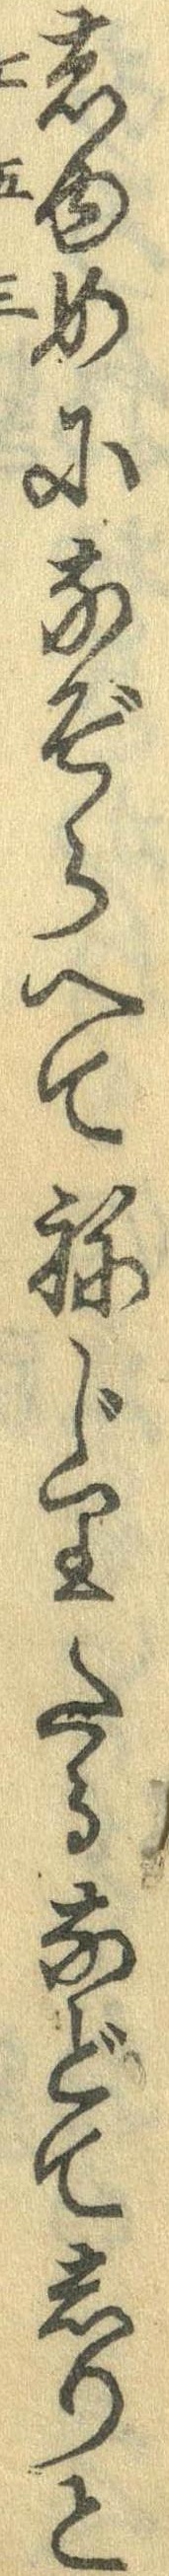
しゆめになぞらへてねじりたるなどてしりと